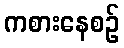
ကစားနေစဉ်